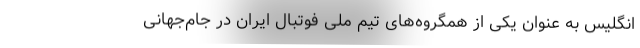
انگلیس به عنوان یکی از همگروه‌های تیم ملی فوتبال ایران در جام‌جهانی